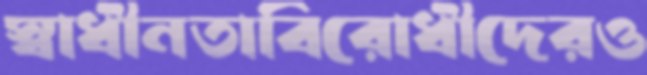
স্বাধীনতাবিরোধীদেরও